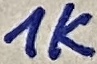
Text: 1K